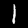
Label: 1